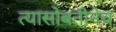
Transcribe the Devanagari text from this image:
त्यासोबतीनेच